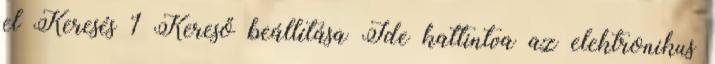
el Keresés 1 Kereső beállítása Ide kattintva az elektronikus